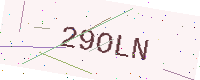
Text: 29OLN